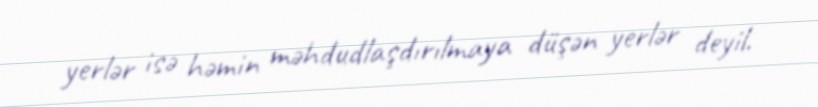
yerlər isə həmin məhdudlaşdırılmaya düşən yerlər deyil.